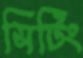
সিটিং